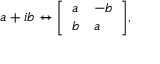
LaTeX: a + i b \leftrightarrow { \left[ \begin{array} { l l } { a } & { - b } \\ { b } & { a } \end{array} \right] } ,